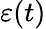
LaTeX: \varepsilon(t)